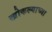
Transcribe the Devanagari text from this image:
खोकल्याच्या